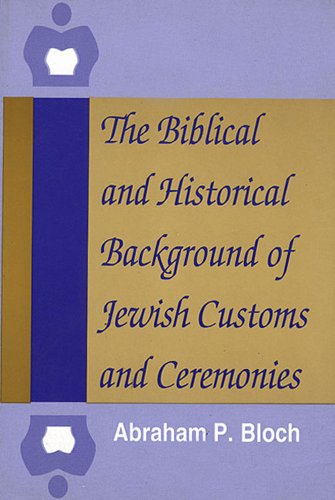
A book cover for The Biblical and Historical Background of Jewish Customs and Ceremonies; Abraham P. Bloch; Religion & Spirituality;